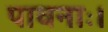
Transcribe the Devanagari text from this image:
पावनाः।